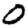
Digit: 0